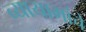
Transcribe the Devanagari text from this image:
व्यायामांचे